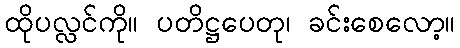
ထိုပလ္လင်ကို။ ပတိဋ္ဌပေတု၊ ခင်းစေလော့။